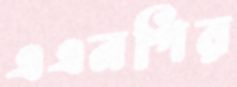
এএনপির